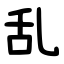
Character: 乱